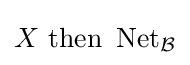
X{\text{ then }}\operatorname {Net} _{\mathcal {B}}